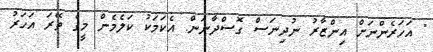
" އަހަރެންނަށް އިންޒާރު ނުދިނަސް ގޮސްދާނަން. އެކަމަކު ކަލެމެން މީގެ ތޭރަ އަހަރު